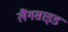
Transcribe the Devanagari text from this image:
लैंगसाइड